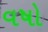
વષો